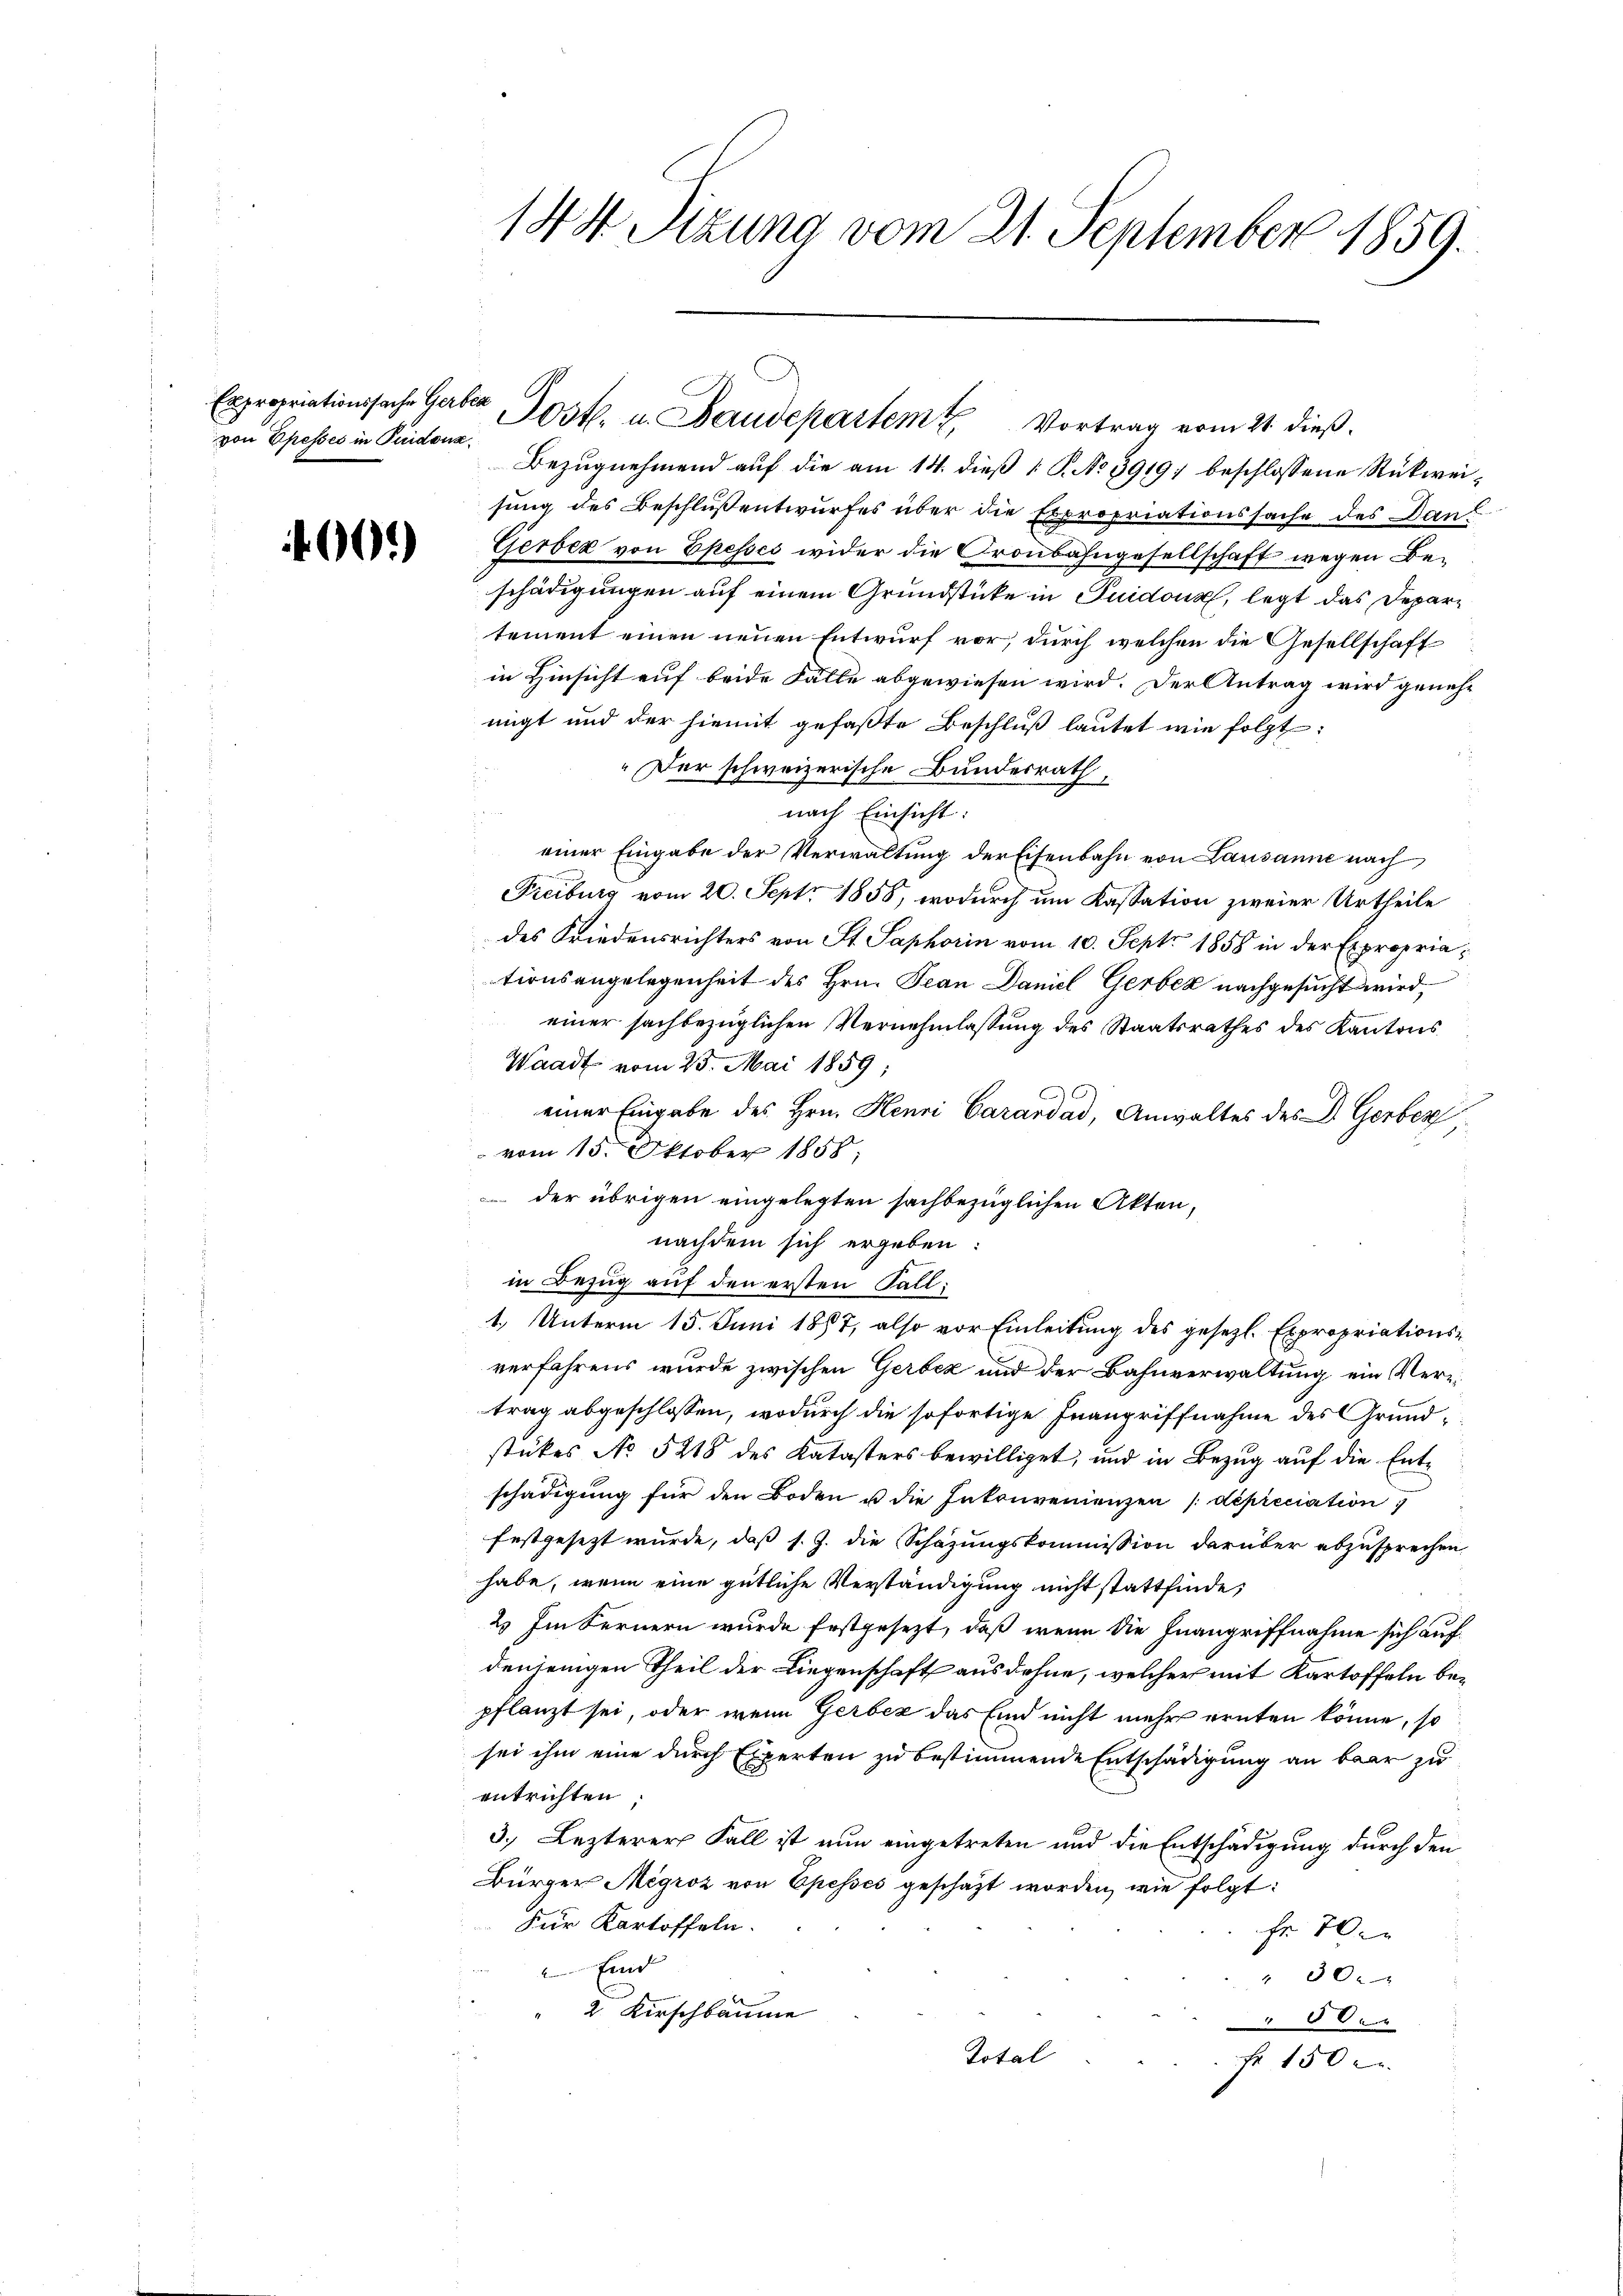
Expropriationssache Gerbes
von Epesses in Piidonz

460.)

144. Sizung vom 21. September 1859.

Bezugnehmend auf die am 14. dieß P. No 3919 beschlossene Rückweisung des Beschluß entwurfes über die Expropriationssache des Dan¬
Gerbez von Ekesses wider die Kronbahngesellschaft wegen Beschädigungen auf einem Grundstücke in Puidoux, legt das Departement einen neuen Entwurf vor, durch welchen die Gesellschaft
in Hinsicht auf beide Fälle abgewiesen wird. Der Antrag wird genehnigt und der hiemit gefaßte Beschluß lautet wie folgt:
„Der schweizerische Bundesrath,
nach Einsicht:
einer Eingabe der Verwaltung der Eisenbahn von Lausanne nach
Freiburg vom 20. Sept. 1858, wodurch um Kassation zweier Urtheile
des Friedensrichters von St. Saphorin vom 10. Sept. 1858 in der Expropriationsangelegenheit des Hrn. Jean Daniel Gerbek nachgesucht wird,
einer sachbezüglichen Vernehmlassung des Staatsrathes des Kantons
Waadt vom 25. Mai 1859;
einer Eingabe des Hrn. Henri Carardad, Anwaltes des Dr. Gerber
vom 15. Oktober 1858;
der übrigen eingelegten sachbezüglichen Akten,
nachdem sich ergeben:
in Bezug auf den ersten Fall:
1. Unterm 15. Juni 1887, also vor Einleitung des gesetzl. Expropriationsverfahrens wurde zwischen Gerbez und der Bahnverwaltung ein Vertrag abgeschlossen, wodurch die sofortige Inangriffnahme des Grundstückes No 5218 des Katasters bewilliget, und in Bezug auf die Entschädigung für den Boden u die Intruvenienzen (dépicciation
festgesezt wurde, daß s. Z. die Schazungskommission darüber abzusprechen,
habe, wenn eine gütliche Verständigung nicht stattfinde;
2. Im Fernern wurde festgesezt, daß wenn die Inangriffnahme sich aufdenjenigen Theil der Liegenschaft ausdehne, welcher mit Kartoffeln bepflanzt sei, oder wenn Gerbez das sind nicht mehr ernten könne, so
sei ihm eine durch Experten zu bestimmende Entschädigung an baar zu
entrichten;
3.) Lezterer Fall ist nun eingetreten und die Entschädigung durch den
Bürger Mégroz von Epesses geschäzt worden, wie folgt:
Für Kartoffeln.
Fr. 70
Eind
" 300
2. Kirschbäume
4
Total
Fr 150 x

Post. u. Baudepartem Vortrag vom 21. dieß.